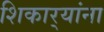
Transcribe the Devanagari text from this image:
शिकार्‍यांना